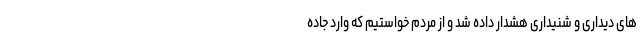
های دیداری و شنیداری هشدار داده شد و از مردم خواستیم که وارد جاده